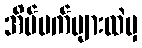
အိပ်မက်များထဲမှ